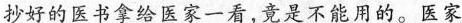
抄好的医书拿给医家一看，竟是不能用的。医家